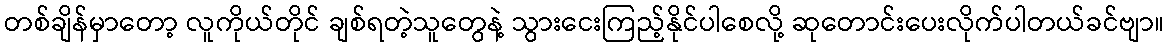
တစ်ချိန်မှာတော့ လူကိုယ်တိုင် ချစ်ရတဲ့သူတွေနဲ့ သွားငေးကြည့်နိုင်ပါစေလို့ ဆုတောင်းပေးလိုက်ပါတယ်ခင်ဗျာ။